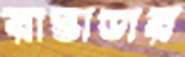
রাস্তাডার